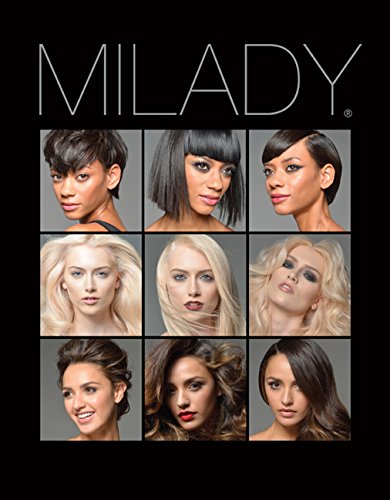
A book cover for Milady Standard Cosmetology; Milady; Health, Fitness & Dieting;